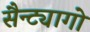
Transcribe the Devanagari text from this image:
सैन्ट्यागो